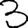
Digit: 3